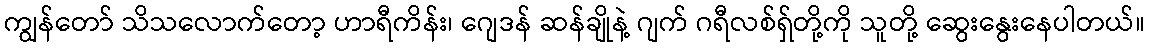
ကျွန်တော် သိသလောက်တော့ ဟာရီကိန်း၊ ဂျေဒန် ဆန်ချိုနဲ့ ဂျက် ဂရီလစ်ရှ်တို့ကို သူတို့ ဆွေးနွေးနေပါတယ်။